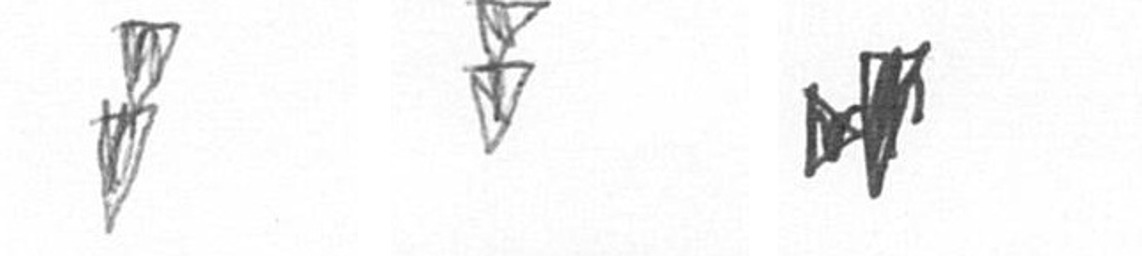
Z Z M